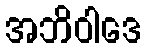
အဘိဝါဒေ